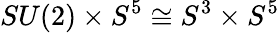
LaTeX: SU(2)\times S^{5}\cong S^{3}\times S^{5}